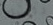
رئيسك